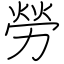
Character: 勞